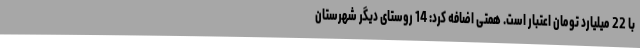
با 22 میلیارد تومان اعتبار است. همتی اضافه کرد: 14 روستای دیگر شهرستان